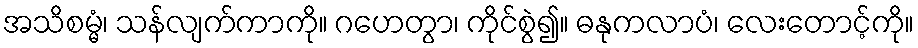
အသိစမ္မံ၊ သန်လျက်ကာကို။ ဂဟေတွာ၊ ကိုင်စွဲ၍။ ဓနုကလာပံ၊ လေးတောင့်ကို။